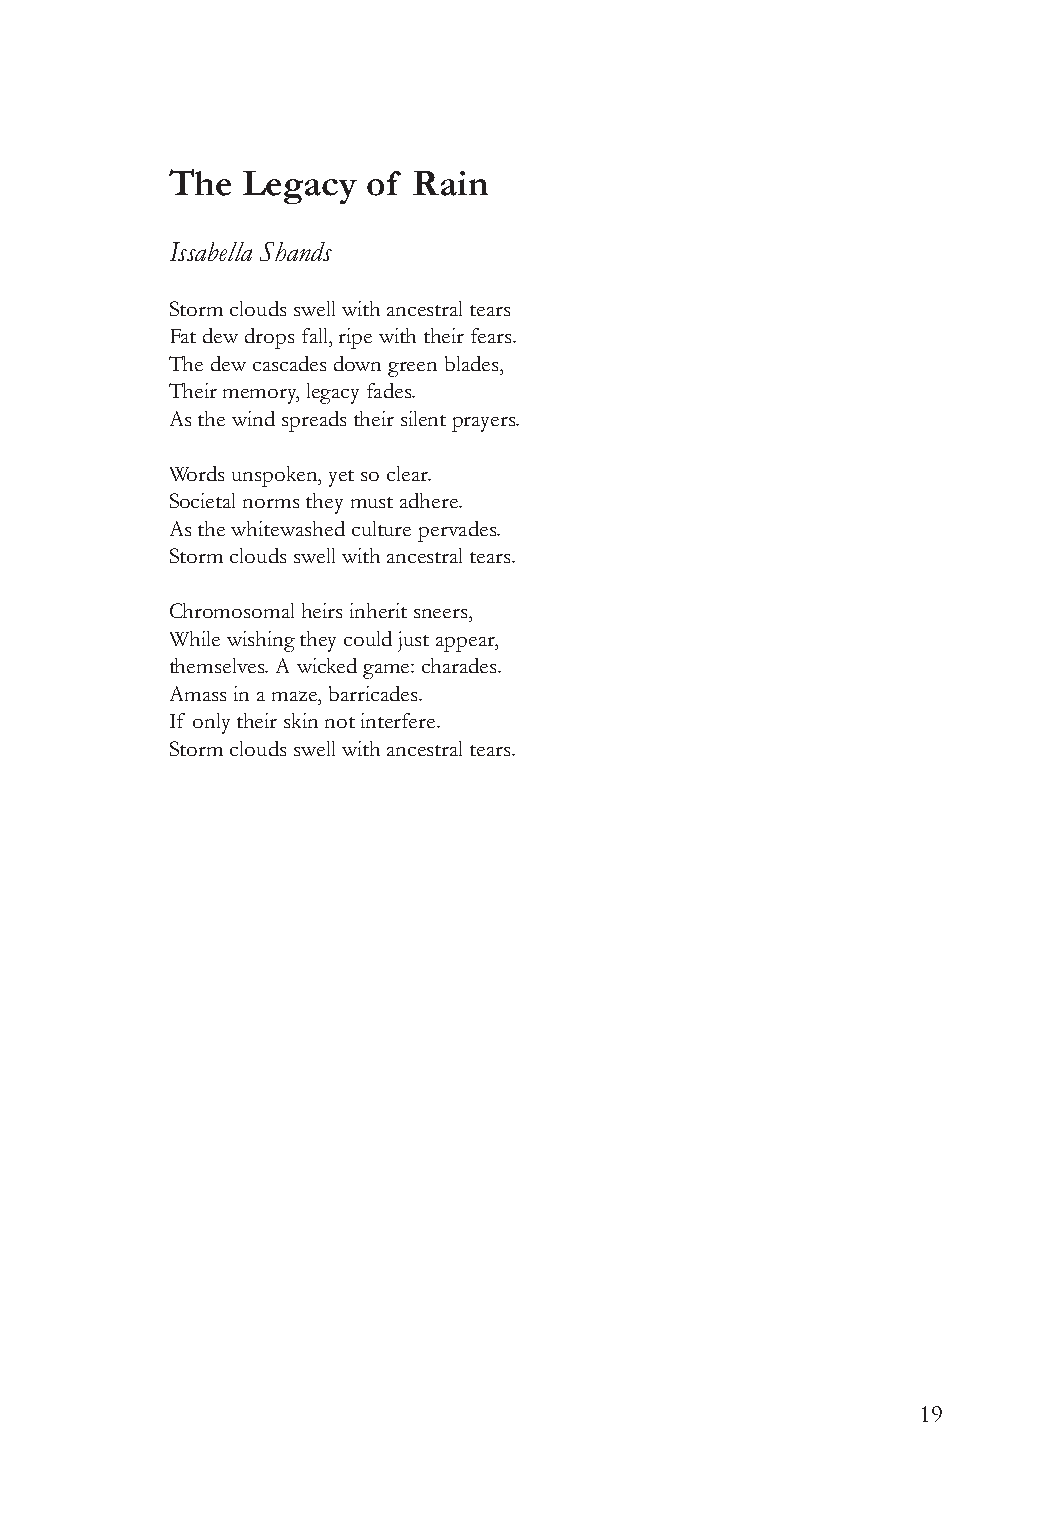
The  Legacy  of Rain
 Issabella Shands
 Storm clouds swell with ancestral tears
 Fat dew drops fall, ripe with their fears.
 The dew cascades down green blades,
 Their memory, legacy fades.
 As the wind spreads their silent prayers.
 Words unspoken, yet so clear.
 Societal norms they must adhere.
 As the whitewashed culture pervades.
 Storm clouds swell with ancestral tears.
 Chromosomal heirs inherit sneers,
 While wishing they could just appear,
 themselves. A wicked game: charades.
 Amass in a maze, barricades.
 If only their skin not interfere.
 Storm clouds swell with ancestral tears.
 19